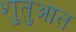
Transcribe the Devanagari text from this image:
शुतुआत